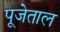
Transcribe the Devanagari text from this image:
पूजेताल